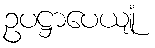
ဥပဋ္ဌာပေယျုံ